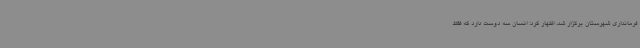
فرمانداری شهرستان برگزار شد، اظهار کرد: انسان سه دوست دارد که فقط